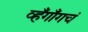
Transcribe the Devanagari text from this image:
व्हँगाँगचं